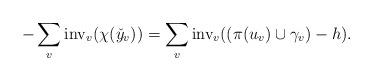
LaTeX: \begin{align*}- \sum_v \mbox{inv}_v(\chi(\check{y}_v)) = \sum_v \mbox{inv}_v ((\pi(u_v) \cup \gamma_v) - h).\end{align*}